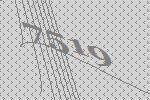
7519